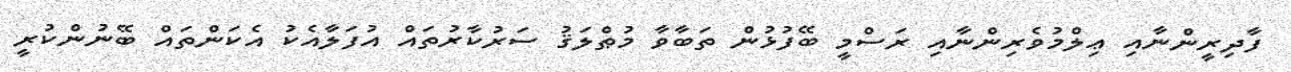
ފާދިރީންނާއި ޢިލްމުވެރިންނާއި ރަސްމީ ބޭފުޅުން ތަބާވާ މުޠްލަޤު ސަރުކާރުތައް އުފަލާއެކު އެކަންތައް ބޭނުންކުރީ